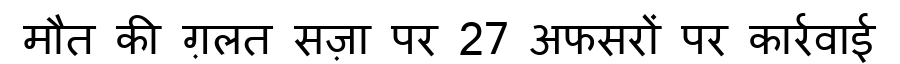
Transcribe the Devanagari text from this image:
मौत की ग़लत सज़ा पर 27 अफसरों पर कार्रवाई